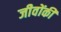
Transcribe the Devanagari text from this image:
जीवोंकी